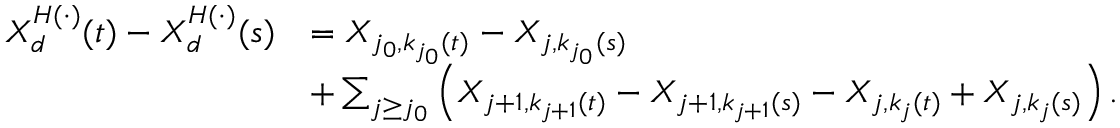
\begin{array} { r l } { X _ { d } ^ { H ( \cdot ) } ( t ) - X _ { d } ^ { H ( \cdot ) } ( s ) } & { = X _ { j _ { 0 } , k _ { j _ { 0 } } ( t ) } - X _ { j , k _ { j _ { 0 } } ( s ) } } \\ & { + \sum _ { j \geq j _ { 0 } } \left( X _ { j + 1 , k _ { j + 1 } ( t ) } - X _ { j + 1 , k _ { j + 1 } ( s ) } - X _ { j , k _ { j } ( t ) } + X _ { j , k _ { j } ( s ) } \right) . } \end{array}